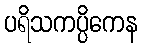
ပရိသကပ္ပိကေန